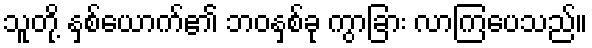
သူတို့ နှစ်ယောက်၏ ဘဝနှစ်ခု ကွာခြား လာကြပေသည်။